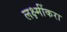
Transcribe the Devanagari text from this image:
लक्ष्मींकरा